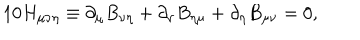
LaTeX: 1 0 H _ { \mu \nu \eta } \equiv \partial _ { \mu } B _ { \nu \eta } + \partial _ { \nu } B _ { \eta \mu } + \partial _ { \eta } B _ { \mu \nu } = 0 ,